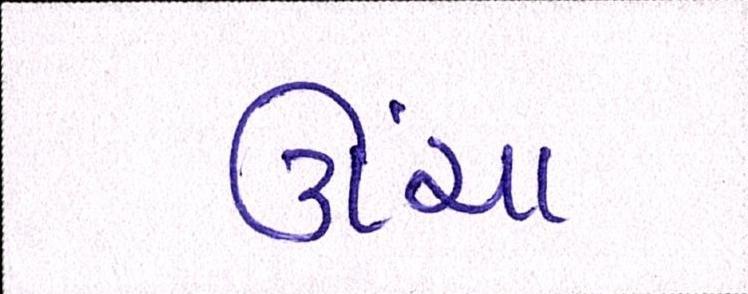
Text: ઊંચા